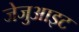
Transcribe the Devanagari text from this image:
जेजुआइट